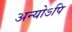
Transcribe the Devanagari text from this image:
अन्योऽपि